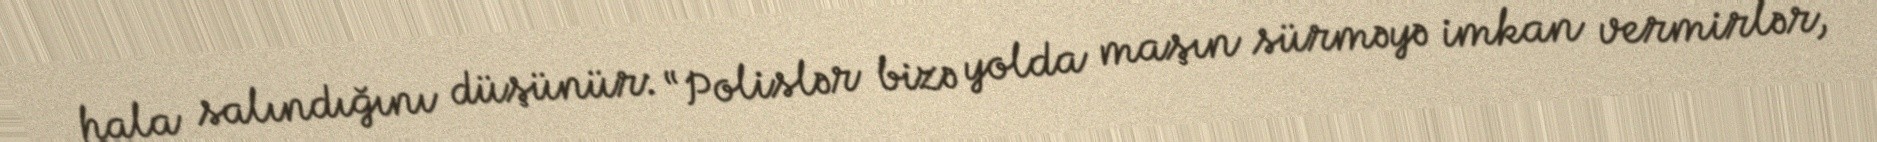
hala salındığını düşünür: “Polislər bizə yolda maşın sürməyə imkan vermirlər,